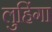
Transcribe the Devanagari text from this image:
लुहिंगा